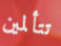
تتألمين